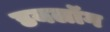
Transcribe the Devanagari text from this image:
डयलॉग